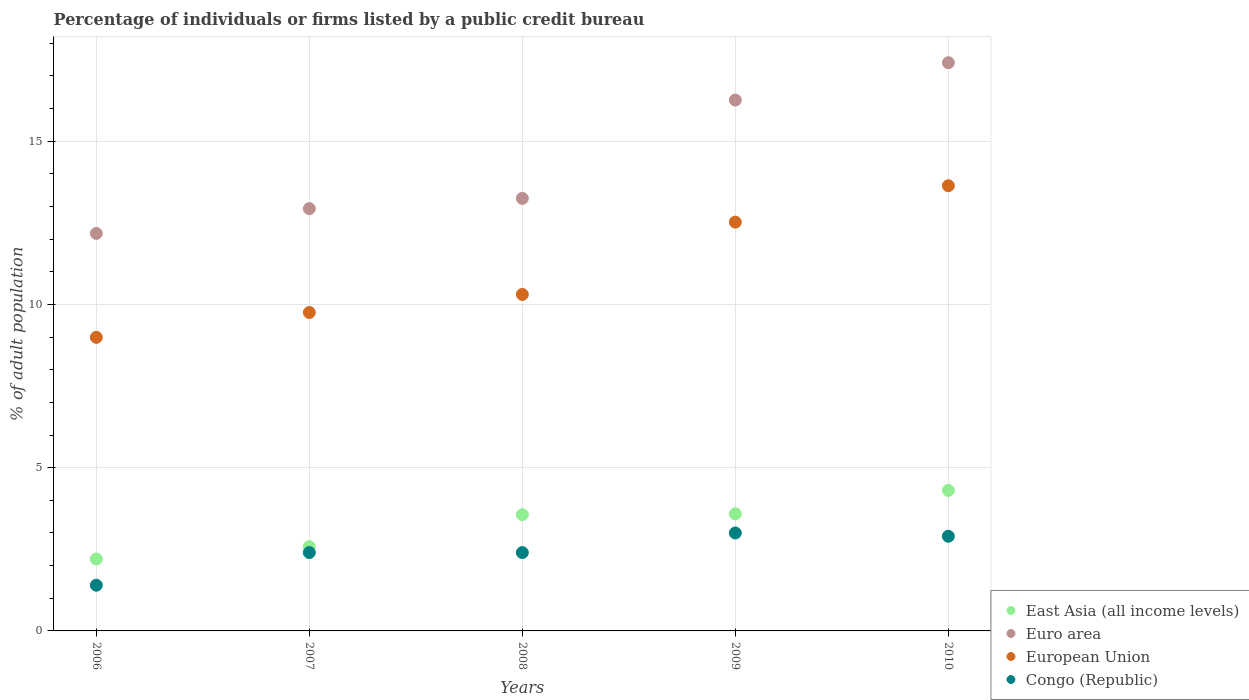
| Years | East Asia (all income levels) | Euro area | European Union | Congo (Republic) |
 | --- | --- | --- | --- | --- |
 | 2006 | 2.2 | 12.2 | 8.99 | 1.4 |
 | 2007 | 2.58 | 12.9 | 9.75 | 2.4 |
 | 2008 | 3.56 | 13.2 | 10.3 | 2.4 |
 | 2009 | 3.59 | 16.3 | 12.5 | 3 |
 | 2010 | 4.3 | 17.4 | 13.6 | 2.9 |